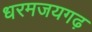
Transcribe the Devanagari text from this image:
धरमजयगढ़